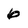
Character: 6